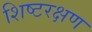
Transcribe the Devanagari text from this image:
शिष्टरक्षण